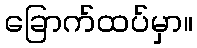
ခြောက်ထပ်မှာ။